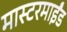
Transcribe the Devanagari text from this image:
मास्टरमाईंड